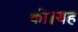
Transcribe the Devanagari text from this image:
की।यह